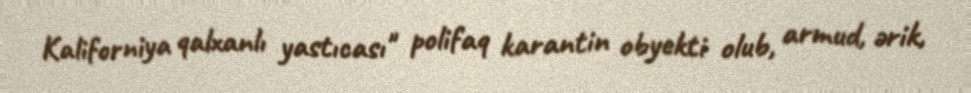
Kaliforniya qalxanlı yastıcası" polifaq karantin obyekti olub, armud, ərik,